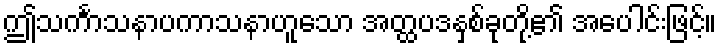
ဤသင်္ကာသနာပကာသနာဟူသော အတ္ထပဒနှစ်ခုတို့၏ အပေါင်းဖြင့်။